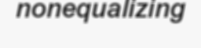
nonequalizing